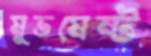
মুভমেন্ট